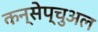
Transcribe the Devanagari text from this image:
कन्सेप्चुअल